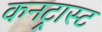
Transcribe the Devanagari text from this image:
कनट्रास्ट